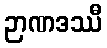
ဉာဏဒဿီ